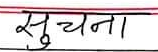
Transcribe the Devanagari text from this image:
सूचना